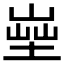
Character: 𡎨